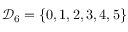
{ \mathcal { D } } _ { 6 } = \lbrace 0 , 1 , 2 , 3 , 4 , 5 \rbrace